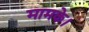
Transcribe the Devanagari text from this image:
मामके।